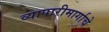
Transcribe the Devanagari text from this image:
व्यापारीमार्गाचे